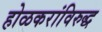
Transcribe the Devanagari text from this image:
होळकरांविरुद्ध